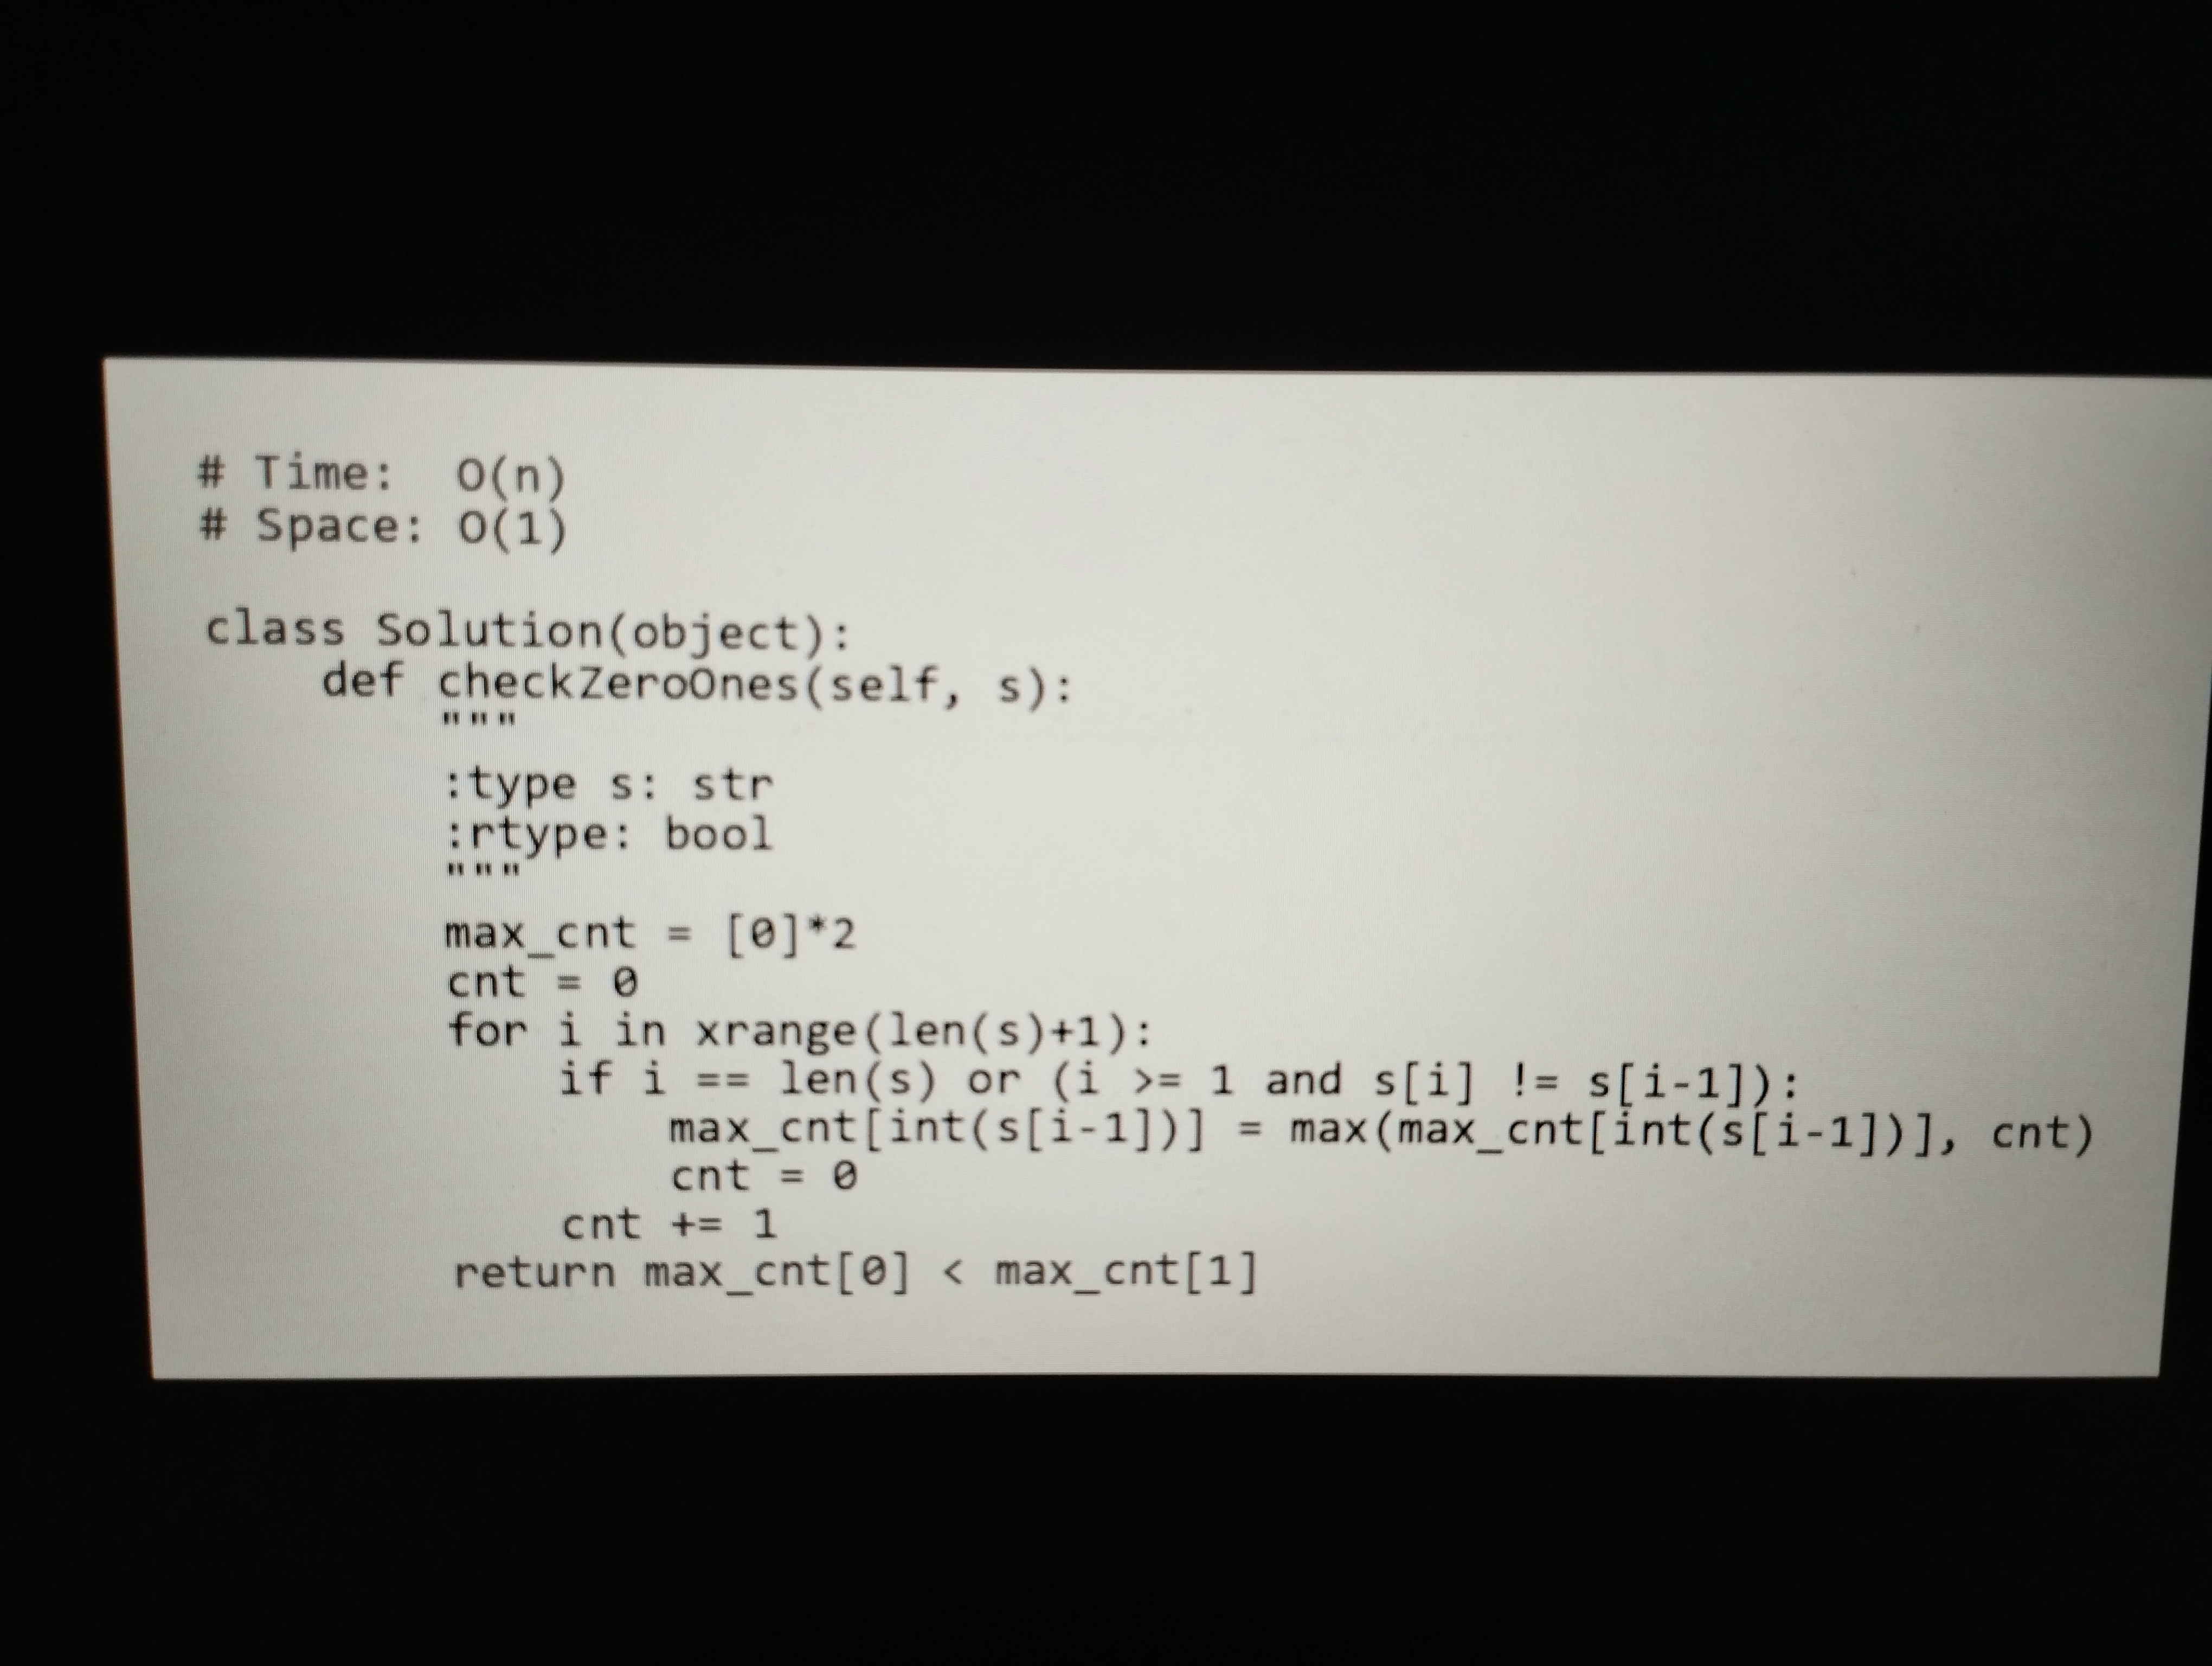
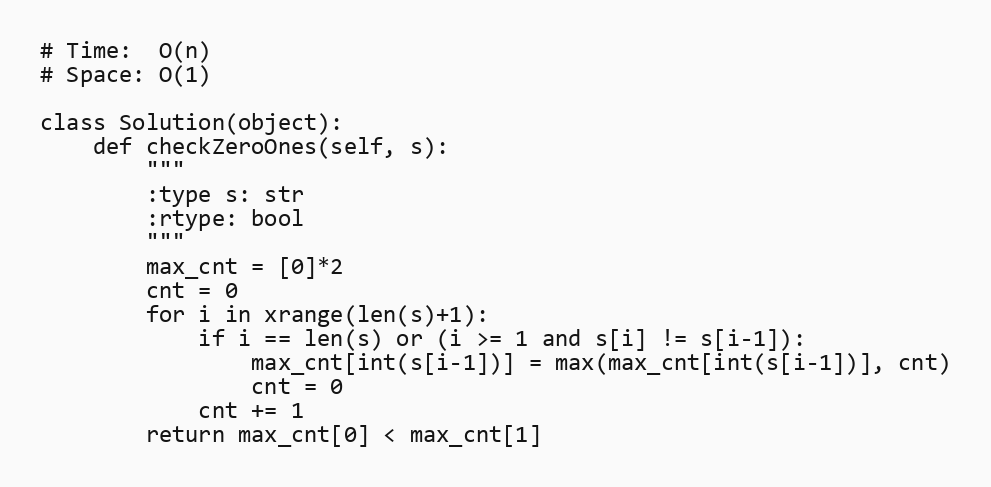
# Time:  O(n)
# Space: O(1)

class Solution(object):
    def checkZeroOnes(self, s):
        """
        :type s: str
        :rtype: bool
        """
        max_cnt = [0]*2
        cnt = 0
        for i in xrange(len(s)+1):
            if i == len(s) or (i >= 1 and s[i] != s[i-1]):
                max_cnt[int(s[i-1])] = max(max_cnt[int(s[i-1])], cnt)
                cnt = 0
            cnt += 1
        return max_cnt[0] < max_cnt[1]